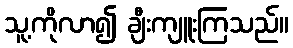
သူ့ကိုလာ၍ ချီးကျူးကြသည်။